King Institute of Preventive Medicine Micro-Biological Section reports 1909-11
Year: 1909
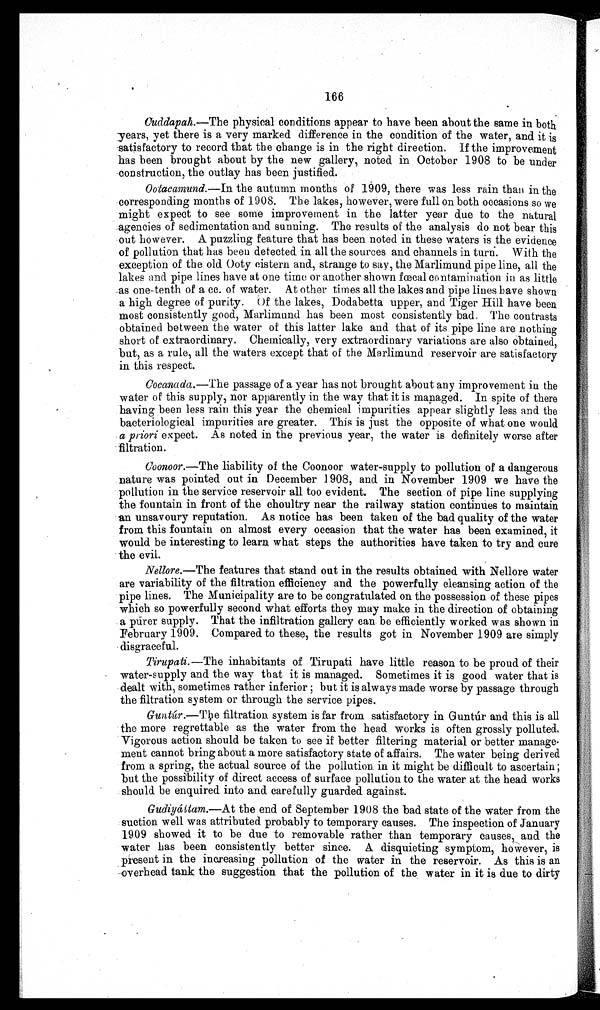
166
Cuddapah .—The physical conditions appear to have been about the same in both
years, yet there is a very marked difference in the condition of the water, and it is
satisfactory to record that the change is in the right direction if the improvement
has been brought about by the new gallery, noted in October 1908 to be under
construction, the outlay has been justified.
Ootacamund.—In the autumn months of 1909, there was less rain than in the
corresponding months of 1908. The lakes, however, were full on both occasions so we
might expect to see some improverment in the latter year due to the nátural
agencies of sedimentation and sunning. The results of the analysis do not bear this
out however. A puzzling feature that has been noted in these waters is the evidence
of pollution that has been detected in all the sources and channels in turn. With the
exception of the old Ooty cistern and, strange to say, the Marlimund pipe line, all the
lakes and pipe lines have at one time or another shown fœcal contamination in as little
as one-tenth of a cc. of water. At other times all the lakes and pipe lines have shown
a high degree of purity. Of the lakes, Dodabetta upper, and Tiger Hill have been
most consistently good, Marlimund has been most consistently bad. The contrasts
obtained between the water of this latter lake and that of its pipe line are nothing
short of extraordinary. Chemically, very extraordinary variations are also obtained,
but, as a rule, all the waters except that of the Μarlimund reservoir are satisfactory
in this respect.
Cocanada.—The passage of a year has not brought about any improvement in the
water of this supply, nor apparently in the way that it is managed. In spite of there
having been less rain this year the chemical impurities appear slightly less and the
bacteriological impurities are greater. This is just the opposite of what one would
a priori expect. As noted in the previous year, the water is definitely worse after
filtration.
Coonoor.—The liability of the Coonoor water-supply to pollution of a dangerous
nature was pointed out in December 1908, and in November 1909 we have the
pollution in the service reservoir all too evident. The section of pipe line supplying
the fountain in front of the choultry near the railway station continues to maintain
an unsavoury reputation. As notice has been taken of the bad quality of the water
from this fountain on almost every occasion that the water has been examined, it
would be interesting to learn what steps the authorities have taken to try and cure
the evil.
Nellore.—The features that stand out in the results obtained with Nellore water
are variability of the filtration efficiency and the powerfully cleansing action of the
pipe lines. The Municipality are to be congratulated on the possession of these pipes
which so powerfully second what efforts they may make in the direction of obtaining
a purer supply. That the infiltration gallery can be efficiently worked was shown in
February 1909. Compared to these, the results got in November 1909 are simply
disgraceful.
Tirupati. — T h e i n h a b i t a n t s o f T i r u p a t i h a v e l i t t l e r e a s o n t o b e p r o u d o f t h e i r
water-supply and the way that it is managed. Sometimes it is good water that is
dealt with, sometimes rather inferior; but it is always made worse by passage through
the filtration system or through the service pipes.
Guntúr .—The filtration system is far from satisfactory in Guntúr and this is all
the more regrettable as the water from the head works is often grossly polluted.
Vigorous action should be taken to see if better filtering material or better manage-
ment cannot bring about a more satisfactory state of affairs. The water being derived
from a spring, the actual source of the pollution in it might be difficult to ascertain;
but the possibility of direct access of surface pollution to the water at the head works
should be enquired into and carefully guarded against.
Gudiyáttam.—Αt the end, of September 1908 the bad state of the water from the
suction well was attributed probably to temporary causes. The inspection of January
1909 showed it to be due to removable rather than temporary causes, and the
water has been consistently better since. A disquieting symptom, however, is
present in the increasing pollution of the water in the reservoir. As this is an
overhead tank the suggestion that the pollution of the water in it is due to dirty